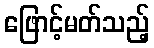
ဖြောင့်မတ်သည့်